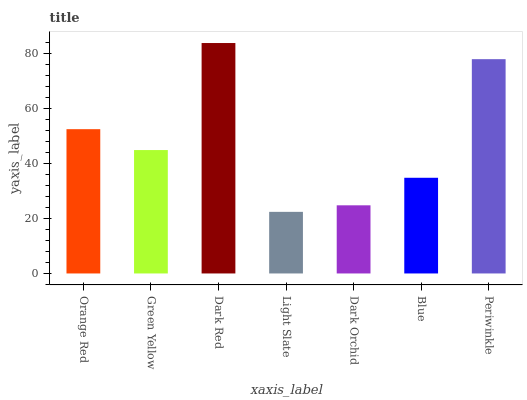
| xaxis_label | bars |
 | --- | --- |
 | Orange Red | 52.4 |
 | Green Yellow | 44.8 |
 | Dark Red | 83.6 |
 | Light Slate | 22.4 |
 | Dark Orchid | 24.7 |
 | Blue | 34.7 |
 | Periwinkle | 77.8 |